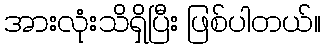
အားလုံးသိရှိပြီး ဖြစ်ပါတယ်။